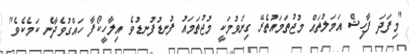
"މިފަދަ ފާހިޝް އަމަލުތައް މުޖުތަމައުތެރޭ ގިނަވުމަކީ މުޖުތަމައު ފުނޑުފުނޑުވެ އިލާހީކޯފާ ހައްގުވެދާނެ ކަމެކެވެ"